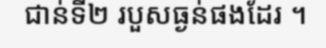
ជាន់ទី២ របួសធ្ងន់ផងដែរ ។